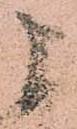
申